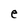
Character: e